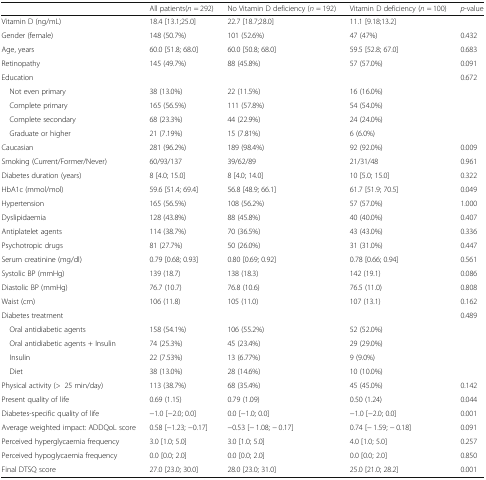
<table><thead><tr><td></td><td><b>All patients(<i>n</i> = 292)</b></td><td><b>No Vitamin D deficiency (<i>n</i> = 192)</b></td><td><b>Vitamin D deficiency (<i>n</i> = 100)</b></td><td><b><i>p</i>-value</b></td></tr></thead><tbody><tr><td>Vitamin D (ng/mL)</td><td>18.4 [13.1;25.0]</td><td>22.7 [18.7;28.0]</td><td>11.1 [9.18;13.2]</td><td></td></tr><tr><td>Gender (female)</td><td>148 (50.7%)</td><td>101 (52.6%)</td><td>47 (47%)</td><td>0.432</td></tr><tr><td>Age, years</td><td>60.0 [51.8; 68.0]</td><td>60.0 [50.8; 68.0]</td><td>59.5 [52.8; 67.0]</td><td>0.683</td></tr><tr><td>Retinopathy</td><td>145 (49.7%)</td><td>88 (45.8%)</td><td>57 (57.0%)</td><td>0.091</td></tr><tr><td>Education</td><td></td><td></td><td></td><td>0.672</td></tr><tr><td> Not even primary</td><td>38 (13.0%)</td><td>22 (11.5%)</td><td>16 (16.0%)</td><td></td></tr><tr><td> Complete primary</td><td>165 (56.5%)</td><td>111 (57.8%)</td><td>54 (54.0%)</td><td></td></tr><tr><td> Complete secondary</td><td>68 (23.3%)</td><td>44 (22.9%)</td><td>24 (24.0%)</td><td></td></tr><tr><td> Graduate or higher</td><td>21 (7.19%)</td><td>15 (7.81%)</td><td>6 (6.0%)</td><td></td></tr><tr><td>Caucasian</td><td>281 (96.2%)</td><td>189 (98.4%)</td><td>92 (92.0%)</td><td>0.009</td></tr><tr><td>Smoking (Current/Former/Never)</td><td>60/93/137</td><td>39/62/89</td><td>21/31/48</td><td>0.961</td></tr><tr><td>Diabetes duration (years)</td><td>8 [4.0; 15.0]</td><td>8 [4.0; 14.0]</td><td>10 [5.0; 15.0]</td><td>0.322</td></tr><tr><td>HbA1c (mmol/mol)</td><td>59.6 [51.4; 69.4]</td><td>56.8 [48.9; 66.1]</td><td>61.7 [51.9; 70.5]</td><td>0.049</td></tr><tr><td>Hypertension</td><td>165 (56.5%)</td><td>108 (56.2%)</td><td>57 (57.0%)</td><td>1.000</td></tr><tr><td>Dyslipidaemia</td><td>128 (43.8%)</td><td>88 (45.8%)</td><td>40 (40.0%)</td><td>0.407</td></tr><tr><td>Antiplatelet agents</td><td>114 (38.7%)</td><td>70 (36.5%)</td><td>43 (43.0%)</td><td>0.336</td></tr><tr><td>Psychotropic drugs</td><td>81 (27.7%)</td><td>50 (26.0%)</td><td>31 (31.0%)</td><td>0.447</td></tr><tr><td>Serum creatinine (mg/dl)</td><td>0.79 [0.68; 0.93]</td><td>0.80 [0.69; 0.92]</td><td>0.78 [0.66; 0.94]</td><td>0.561</td></tr><tr><td>Systolic BP (mmHg)</td><td>139 (18.7)</td><td>138 (18.3)</td><td>142 (19.1)</td><td>0.086</td></tr><tr><td>Diastolic BP (mmHg)</td><td>76.7 (10.7)</td><td>76.8 (10.6)</td><td>76.5 (11.0)</td><td>0.808</td></tr><tr><td>Waist (cm)</td><td>106 (11.8)</td><td>105 (11.0)</td><td>107 (13.1)</td><td>0.162</td></tr><tr><td>Diabetes treatment</td><td></td><td></td><td></td><td>0.489</td></tr><tr><td> Oral antidiabetic agents</td><td>158 (54.1%)</td><td>106 (55.2%)</td><td>52 (52.0%)</td><td></td></tr><tr><td> Oral antidiabetic agents + Insulin</td><td>74 (25.3%)</td><td>45 (23.4%)</td><td>29 (29.0%)</td><td></td></tr><tr><td> Insulin</td><td>22 (7.53%)</td><td>13 (6.77%)</td><td>9 (9.0%)</td><td></td></tr><tr><td> Diet</td><td>38 (13.0%)</td><td>28 (14.6%)</td><td>10 (10.0%)</td><td></td></tr><tr><td>Physical activity (&gt;25 min/day)</td><td>113 (38.7%)</td><td>68 (35.4%)</td><td>45 (45.0%)</td><td>0.142</td></tr><tr><td>Present quality of life</td><td>0.69 (1.15)</td><td>0.79 (1.09)</td><td>0.50 (1.24)</td><td>0.044</td></tr><tr><td>Diabetes-specific quality of life</td><td>−1.0 [−2.0; 0.0]</td><td>0.0 [−1.0; 0.0]</td><td>−1.0 [−2.0; 0.0]</td><td>0.001</td></tr><tr><td>Average weighted impact: ADDQoL score</td><td>0.58 [−1.23; −0.17]</td><td>−0.53 [− 1.08; − 0.17]</td><td>0.74 [− 1.59; − 0.18]</td><td>0.091</td></tr><tr><td>Perceived hyperglycaemia frequency</td><td>3.0 [1.0; 5.0]</td><td>3.0 [1.0; 5.0]</td><td>4.0 [1.0; 5.0]</td><td>0.257</td></tr><tr><td>Perceived hypoglycaemia frequency</td><td>0.0 [0.0; 2.0]</td><td>0.0 [0.0; 2.0]</td><td>0.0 [0.0; 2.0]</td><td>0.850</td></tr><tr><td>Final DTSQ score</td><td>27.0 [23.0; 30.0]</td><td>28.0 [23.0; 31.0]</td><td>25.0 [21.0; 28.2]</td><td>0.001</td></tr></tbody></table>